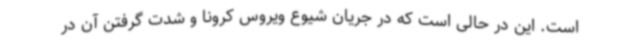
است. این در حالی است که در جریان شیوع ویروس کرونا و شدت گرفتن آن در